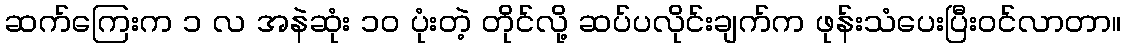
ဆက်ကြေးက ၁ လ အနဲဆုံး ၁ဝ ပုံးတဲ့ တိုင်လို့ ဆပ်ပလိုင်းချက်က ဖုန်းသံပေးပြီးဝင်လာတာ။